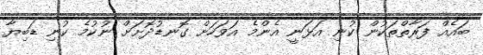
ބައެއް ފަރާތްތަކުން ކުނި އަޅަނީ އެންމެ އަވަހަށް ގޮނޑުދޮށަށް ނުކުމެ ކުނި ޑަބިޔާ